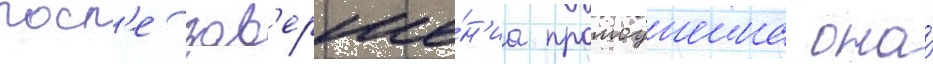
посл'е зав'ерше́н'иа промоушена она́